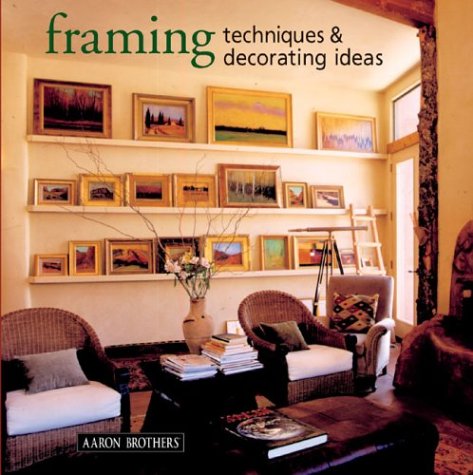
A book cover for Framing Techniques & Decorating Ideas; Aaron Brothers; Crafts, Hobbies & Home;